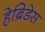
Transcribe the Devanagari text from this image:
हेब्रिडेस